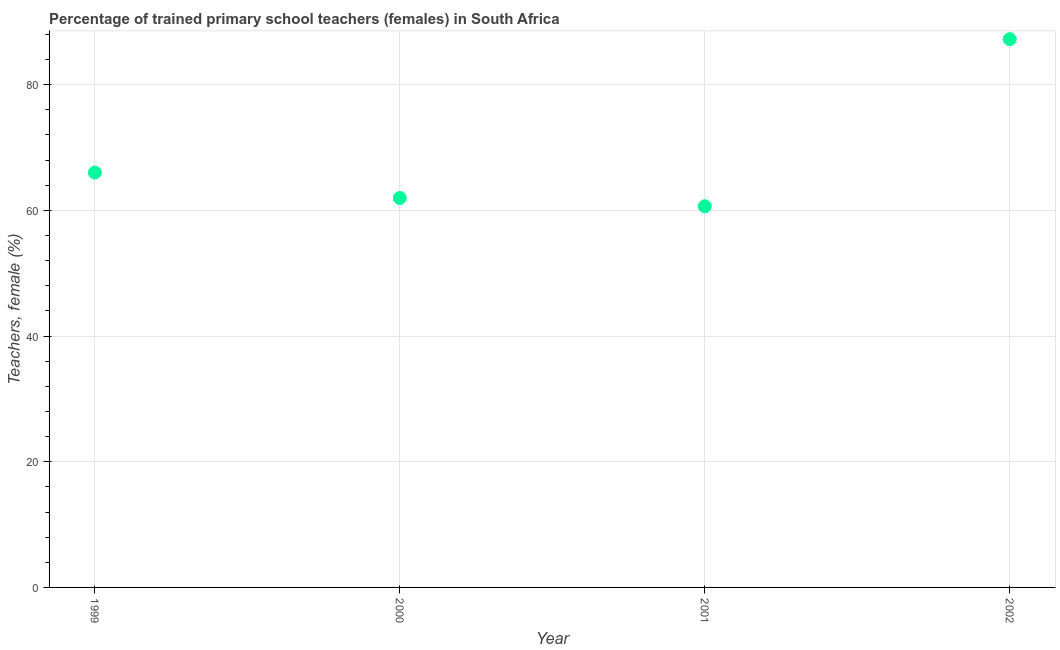
| Year | Trained teachers female |
 | --- | --- |
 | 1999 | 66 |
 | 2000 | 62 |
 | 2001 | 60.6 |
 | 2002 | 87.2 |